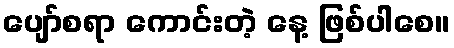
ပျော်စရာ ကောင်းတဲ့ နေ့ ဖြစ်ပါစေ။